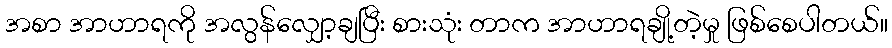
အစာ အာဟာရကို အလွန်လျှော့ချပြီး စားသုံး တာက အာဟာရချို့တဲ့မှု ဖြစ်စေပါတယ်။